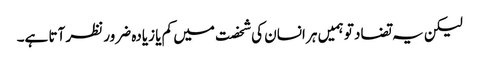
لیکن یہ تضاد تو ہمیں ہر انسان کی شخصت میں کم یا زیادہ ضرور نظر آتا ہے۔